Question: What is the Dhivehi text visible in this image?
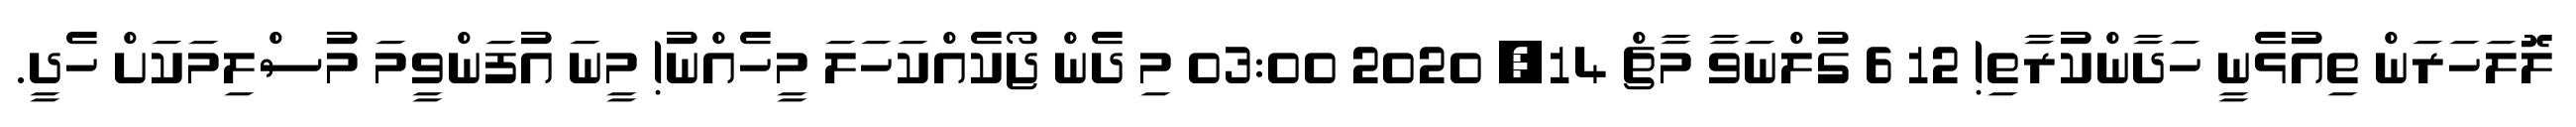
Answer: ލޮލަހަރަން ތިއުޅެނީ ހަދާންކުރާތި! 12 6 ގުލްނަވާ މާޗް 14, 2020 03:00 މި ދެން ޖޯކެއްކަހަލަ މީހެއްނު! މީނަ އުފަންވީމަ މުސްލިމަކަށް ހެދީ.